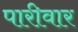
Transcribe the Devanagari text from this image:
पारीवार